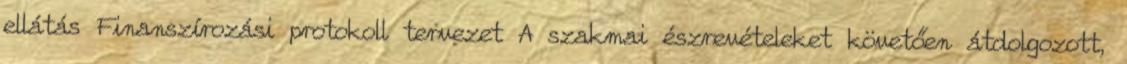
ellátás Finanszírozási protokoll tervezet A szakmai észrevételeket követően átdolgozott,